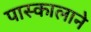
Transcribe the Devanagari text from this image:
पास्कालाने